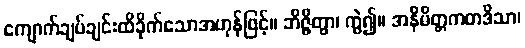
ကျောက်ချပ်ချင်းထိခိုက်သောအဟုန်ဖြင့်။ ဘိဇ္ဇိတွာ၊ ကွဲ၍။ အနိမိတ္တကတဒိသာ၊